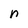
Character: n